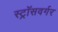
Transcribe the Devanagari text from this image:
स्ट्रॉसवर्गर